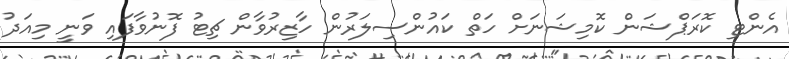
އެންޓި ކޮރަޕްޝަން ކޮމިޝަނަށް ހަތް ކައުންސިލަރުން ހާޒިރުވާން ޗިޓު ފޮނުވާފައި ވަނީ މިއަދު